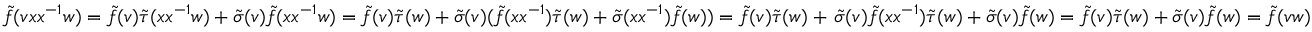
\tilde { f } ( v x x ^ { - 1 } w ) = \tilde { f } ( v ) \tilde { \tau } ( x x ^ { - 1 } w ) + \tilde { \sigma } ( v ) \tilde { f } ( x x ^ { - 1 } w ) = \tilde { f } ( v ) \tilde { \tau } ( w ) + \tilde { \sigma } ( v ) ( \tilde { f } ( x x ^ { - 1 } ) \tilde { \tau } ( w ) + \tilde { \sigma } ( x x ^ { - 1 } ) \tilde { f } ( w ) ) = \tilde { f } ( v ) \tilde { \tau } ( w ) + \, \tilde { \sigma } ( v ) \tilde { f } ( x x ^ { - 1 } ) \tilde { \tau } ( w ) + \tilde { \sigma } ( v ) \tilde { f } ( w ) = \tilde { f } ( v ) \tilde { \tau } ( w ) + \tilde { \sigma } ( v ) \tilde { f } ( w ) = \tilde { f } ( v w )